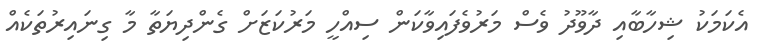
އެކަމަކު ޝިހާބާއި ދާވޫދު ވެސް މަރުވެފައިވާކަން ސިއްހީ މަރުކަޒަށް ގެންދިޔަތާ މާ ގިނައިރުތަކެއް